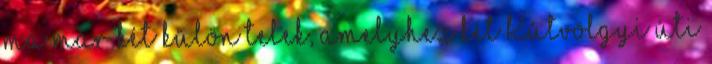
ma már két külön telek, amelyhez két Kútvölgyi úti